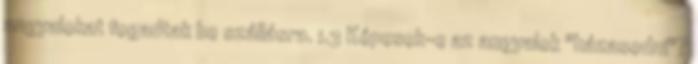
angyalokat fogadtak be szállásra. 1.3 Képesek-e az angyalok "házasodni"?